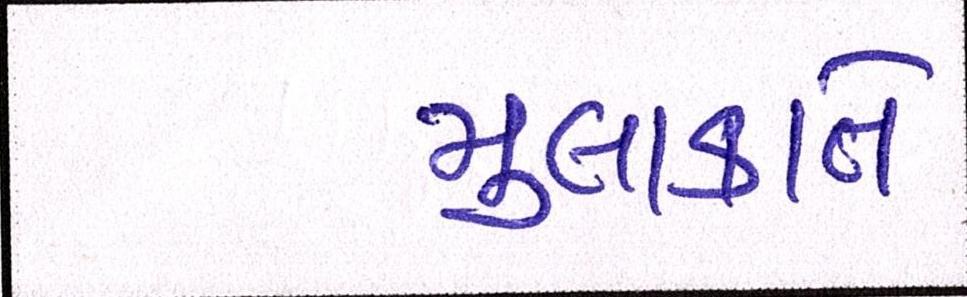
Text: મુલાકાતે